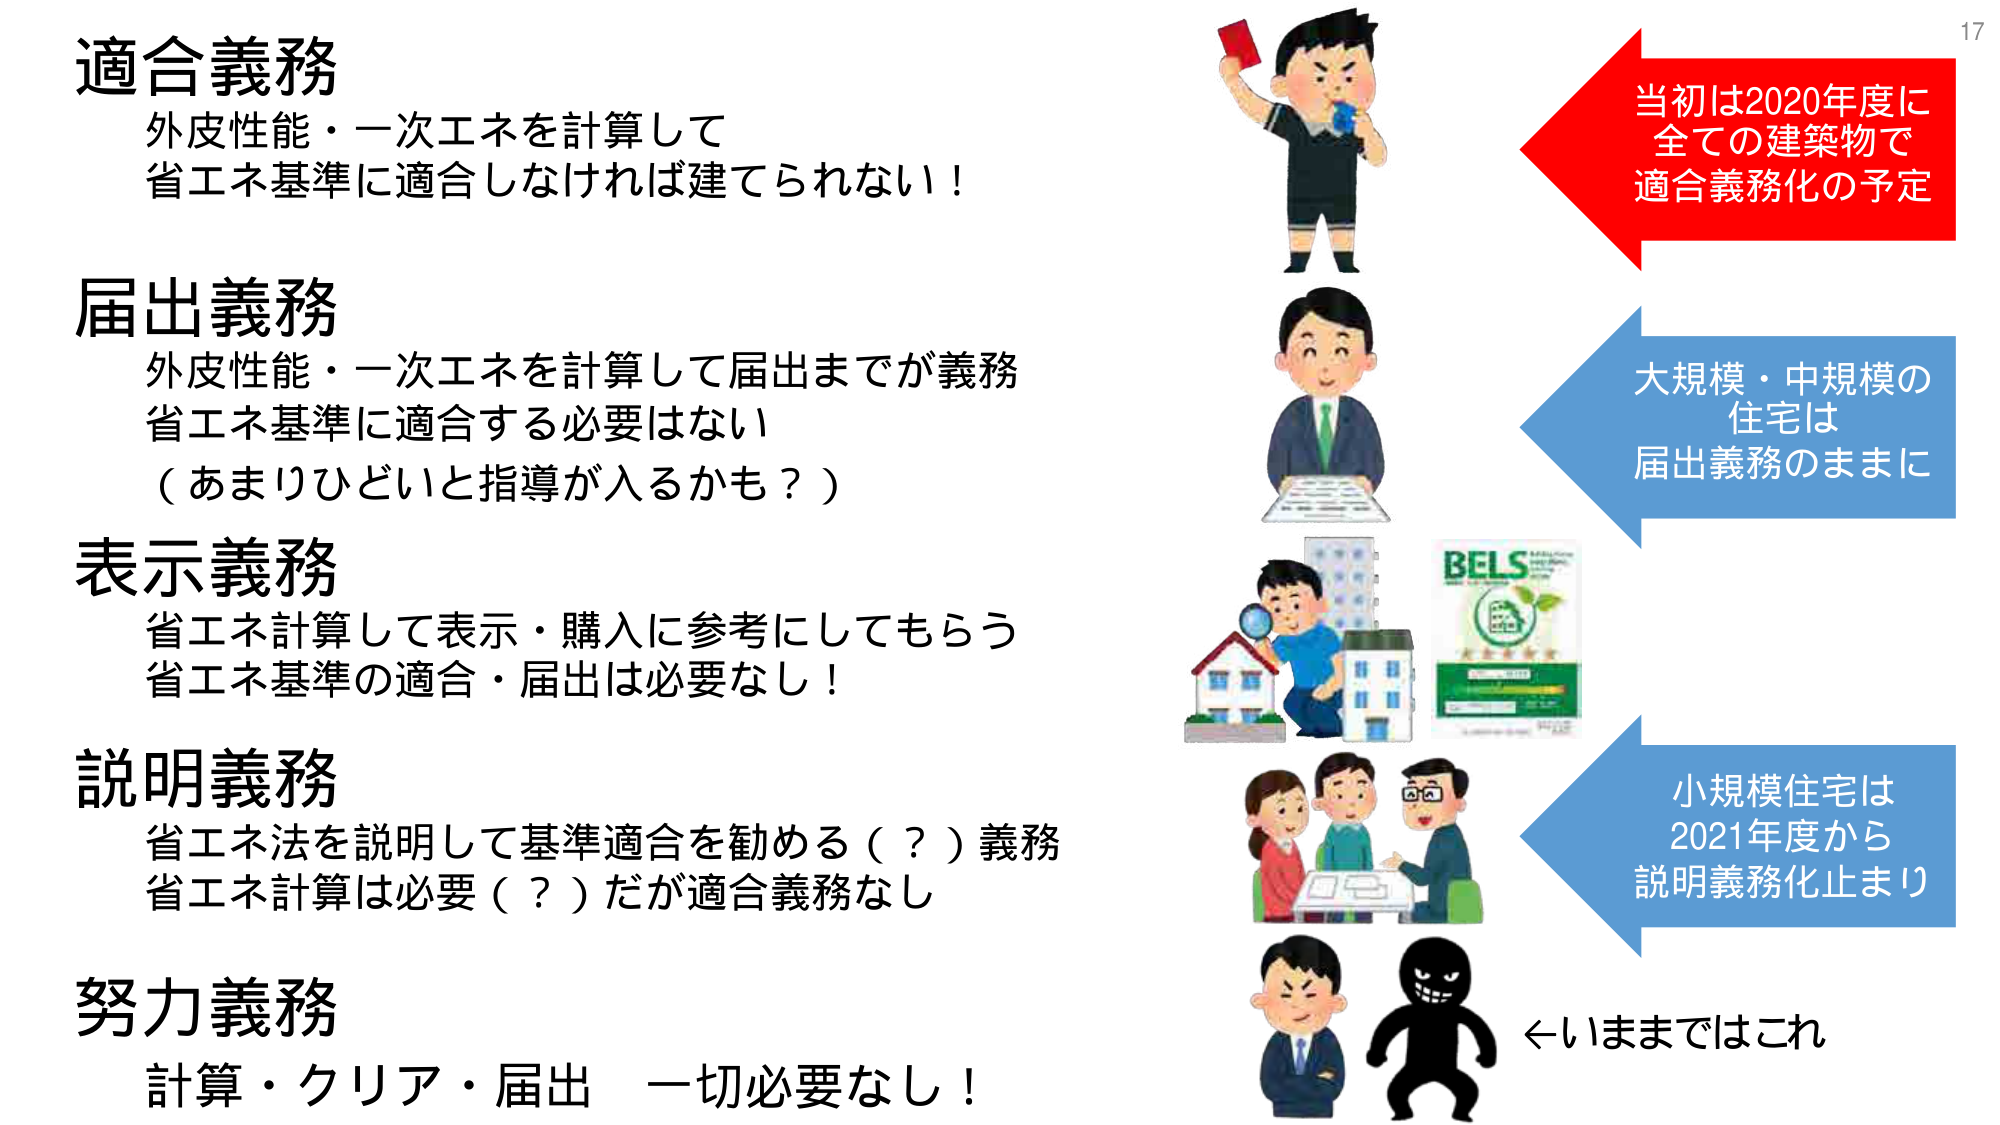
適合義務
外皮性能・一次エネを計算して
省エネ基準に適合しなければ建てられない！

届出義務
外皮性能・一次エネを計算して届出までが義務
省エネ基準に適合する必要はない
（あまりひどいと指導が入るかも？）

表示義務
省エネ計算して表示・購入に参考にしてもらう
省エネ基準の適合・届出は必要なし！

説明義務
省エネ法を説明して基準適合を勧める（？）義務
省エネ計算は必要（？）だが適合義務なし

努力義務
計算・クリア・届出 一切必要なし！

当初は2020年度に
全ての建築物で
適合義務化の予定

大規模・中規模の
住宅は
届出義務のままに

小規模住宅は
2021年度から
説明義務化止まり

←いままではこれ

17